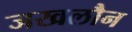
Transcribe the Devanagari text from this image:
जखलौन